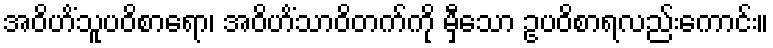
အဝိဟိံသူပဝိစာရော၊ အဝိဟိံသာဝိတက်ကို မှီသော ဥပဝိစာရလည်းကောင်း။